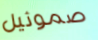
صموئيل